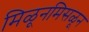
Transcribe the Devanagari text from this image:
मिळूनमिसळून